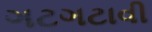
ગટગટાવી